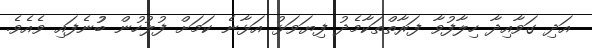
އަދި ގަވާއިދާ ހިލާފުވާ ފަރާތްތަކާމެދު ފިޔަވަޅު އަޅާނެ ކަމަށް ފުލުހުން ބުުނެފައި ވެއެވެ.